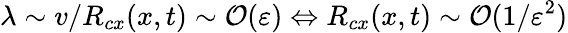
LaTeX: \lambda\sim v/R_{cx}(x,t)\sim\mathcal{O}(\varepsilon)\Leftrightarrow R_{cx}(x,t)\sim\mathcal{O}(1/\varepsilon^{2})